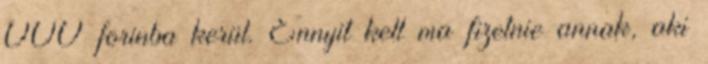
000 forinba kerül. Ennyit kell ma fizetnie annak, aki